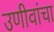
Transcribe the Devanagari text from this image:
उणीवांचा